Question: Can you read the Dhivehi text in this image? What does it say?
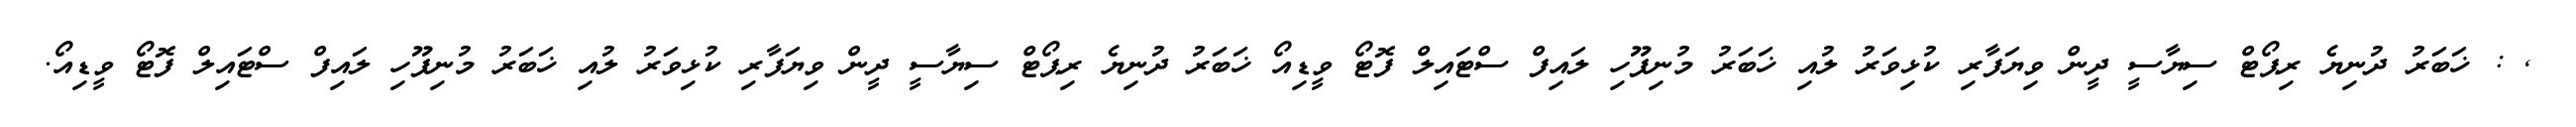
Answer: , : ޚަބަރު ދުނިޔެ ރިޕޯޓް ސިޔާސީ ދީން ވިޔަފާރި ކުޅިވަރު ލުއި ޚަބަރު މުނިފޫހި ލައިފް ސްޓައިލް ފޮޓޯ ވީޑިއޯ ޚަބަރު ދުނިޔެ ރިޕޯޓް ސިޔާސީ ދީން ވިޔަފާރި ކުޅިވަރު ލުއި ޚަބަރު މުނިފޫހި ލައިފް ސްޓައިލް ފޮޓޯ ވީޑިއޯ.